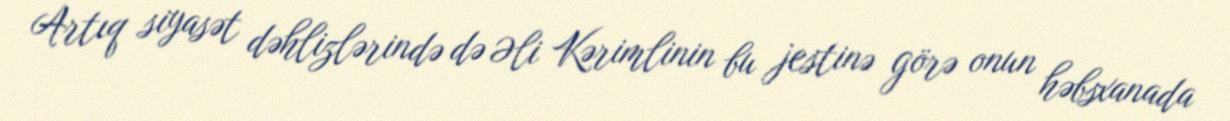
Artıq siyasət dəhlizlərində də Əli Kərimlinin bu jestinə görə onun həbsxanada